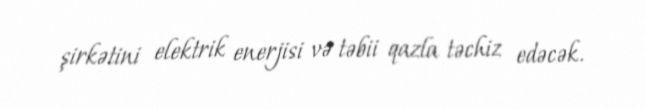
şirkətini elektrik enerjisi və təbii qazla təchiz edəcək.